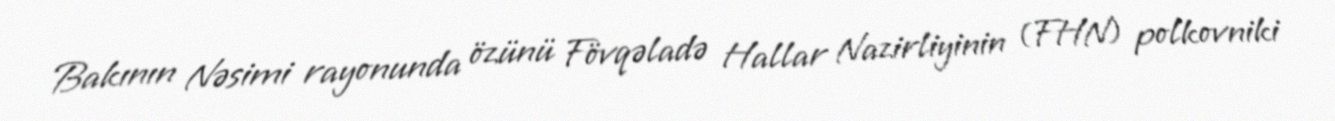
Bakının Nəsimi rayonunda özünü Fövqəladə Hallar Nazirliyinin (FHN) polkovniki